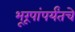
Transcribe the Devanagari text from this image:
भूरूपांपर्यंतचे